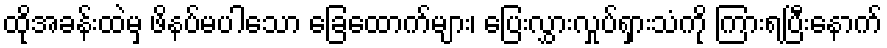
ထိုအခန်းထဲမှ ဖိနပ်မပါသော ခြေထောက်များ၊ ပြေးလွှားလှုပ်ရှားသံကို ကြားရပြီးနောက်